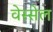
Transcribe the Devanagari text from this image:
वेस्सेल